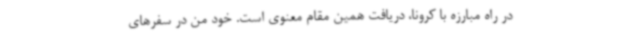
در راه مبارزه با کرونا، دریافت همین مقام معنوی است. خود من در سفرهای